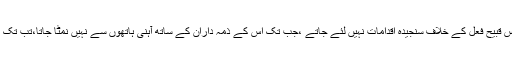
اس کے مدیران کا خیا ل ہے کہ ’’جب تک اس قبیح فعل کے خلاف سنجیدہ اقدامات نہیں لئے جاتے ،جب تک اس کے ذمہ داران کے ساتھ آہنی ہاتھوں سے نہیں نمٹا جاتا،تب تک میڈیا کی ساکھ بحال نہیں کی جاسکتی ہے ‘‘۔